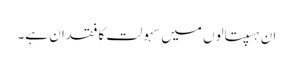
ان ہسپتالوں میں سہولت کا فقدان ہے۔